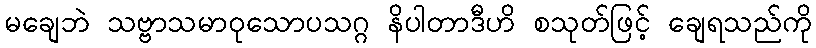
မချေဘဲ သဗ္ဗာသမာဝုသောပသဂ္ဂ နိပါတာဒီဟိ စသုတ်ဖြင့် ချေရသည်ကို